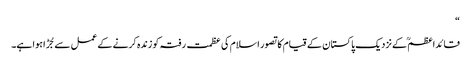
“
قائداعظمؒ کے نزدیک پاکستان کے قیام کا تصور اسلام کی عظمت رفتہ کو زندہ کرنے کے عمل سے جُڑا ہوا ہے۔